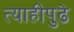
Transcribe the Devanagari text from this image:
त्याहीपुढे